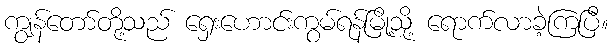
ကျွန်တော်တို့သည် ရှေးဟောင်းကွမ်ရန်မြို့သို့ ရောက်လာခဲ့ကြပြီ။